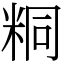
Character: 粡